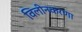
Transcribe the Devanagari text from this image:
विलीनकरणा